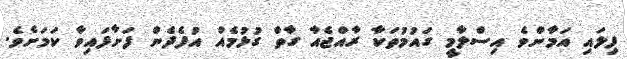
ފިލައި އަމާންވެ އިސްލާމީ ގައުމުތަކާ ރާއްޖެއާ ގާތް ގުޅުމެއް އުފެދެން ފަށާފައިވާ ކަމަށެވެ.